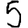
Digit: 5